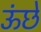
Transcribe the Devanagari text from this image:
ऊंछे